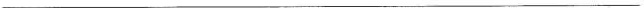
___